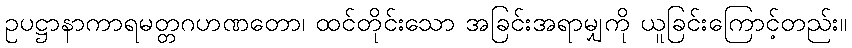
ဥပဋ္ဌာနာကာရမတ္တဂဟဏတော၊ ထင်တိုင်းသော အခြင်းအရာမျှကို ယူခြင်းကြောင့်တည်း။